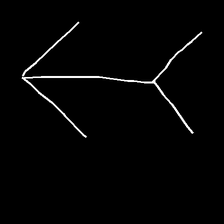
Glyph: gather